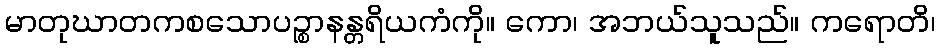
မာတုဃာတကစသောပဉ္စာနန္တရိယကံကို။ ကော၊ အဘယ်သူသည်။ ကရောတိ၊